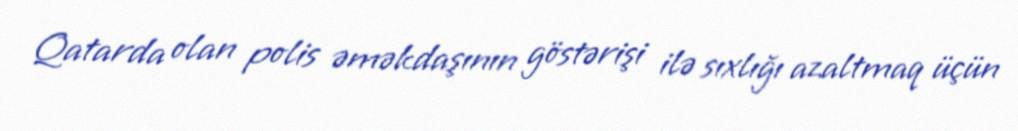
Qatarda olan polis əməkdaşının göstərişi ilə sıxlığı azaltmaq üçün